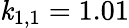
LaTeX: \mathit{k}_{1,1}=1.01